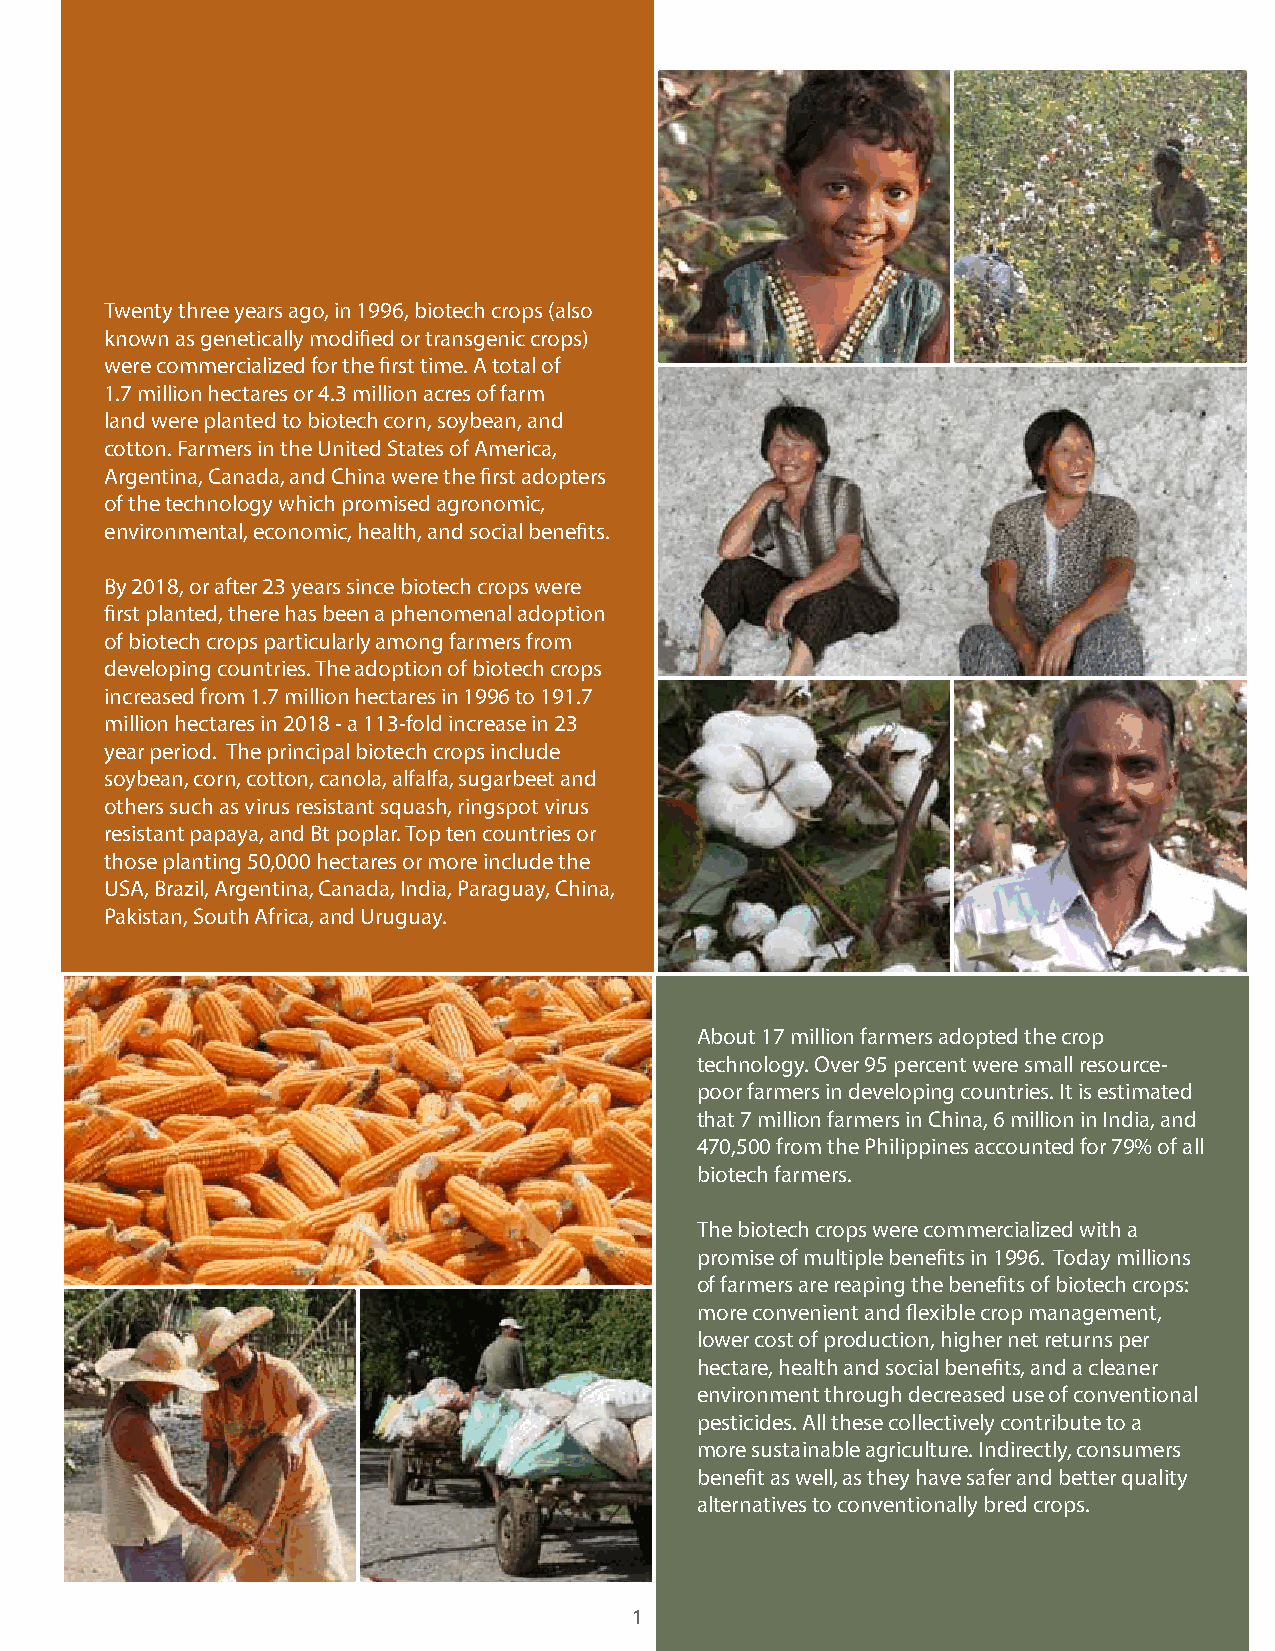
Twenty three years ago, in 1996, biotech crops (also
 known as genetically modified or transgenic crops)
 were commercialized for the first time. A total of
 1.7 million hectares or 4.3 million acres of farm
 land were planted to biotech corn, soybean, and
 cotton. Farmers in the United States of America,
 Argentina, Canada, and China were the first adopters
 of the technology which promised agronomic,
 environmental, economic, health, and social benefits.
 By 2018, or after 23 years since biotech crops were
 first planted, there has been a phenomenal adoption
 of biotech crops particularly among farmers from
 developing countries. The adoption of biotech crops
 increased from 1.7 million hectares in 1996 to 191.7
 million hectares in 2018 - a 113-fold increase in 23
 year period. The principal biotech crops include
 soybean, corn, cotton, canola, alfalfa, sugarbeet and
 others such as virus resistant squash, ringspot virus
 resistant papaya, and Bt poplar. Top ten countries or
 those planting 50,000 hectares or more include the
 USA, Brazil, Argentina, Canada, India, Paraguay, China,
 Pakistan, South Africa, and Uruguay.
 About 17 million farmers adopted the crop
 technology. Over 95 percent were small resource-
 poor farmers in developing countries. It is estimated
 that 7 million farmers in China, 6 million in India, and
 470,500 from the Philippines accounted for 79% of all
 biotech farmers.
 The biotech crops were commercialized with a
 promise of multiple benefits in 1996. Today millions
 of farmers are reaping the benefits of biotech crops:
 more convenient and flexible crop management,
 lower cost of production, higher net returns per
 hectare, health and social benefits, and a cleaner
 environment through decreased use of conventional
 pesticides. All these collectively contribute to a
 more sustainable agriculture. Indirectly, consumers
 benefit as well, as they have safer and better quality
 alternatives to conventionally bred crops.
 1